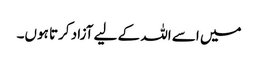
میں اسے اللہ کے لیے آزاد کرتا ہوں۔